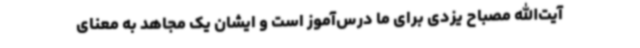
آیت‌الله مصباح یزدی برای ما درس‌آموز است و ایشان یک مجاهد به معنای